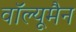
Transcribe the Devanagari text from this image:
वॉल्यूमैन